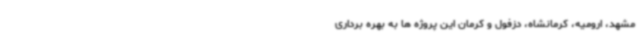
مشهد، ارومیه، کرمانشاه، دزفول و کرمان این پروژه ها به بهره برداری